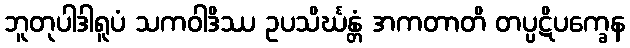
ဘူတုပါဒါရူပံ သကဝါဒိဿ ဥပသိင်္ဃန္တံ အကတာတိ တပ္ပဋိပက္ခေန